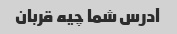
آدرس شما چیه قربان